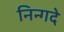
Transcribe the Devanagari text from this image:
निन्गदे